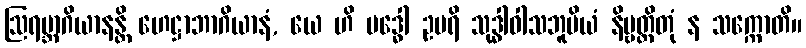
ဩရမ္ဘာဂိယာနန္တိ ဟေဋ္ဌာဘာဂိယာနံ, ယေ ဟိ ဗဒ္ဓေါ ဥပရိ သုဒ္ဓါဝါသဘူမိယံ နိဗ္ဗတ္တိတုံ န သက္ကောတိ။